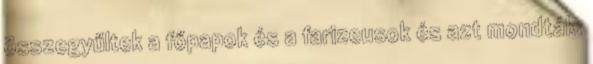
összegyűltek a főpapok és a farizeusok és azt mondták: